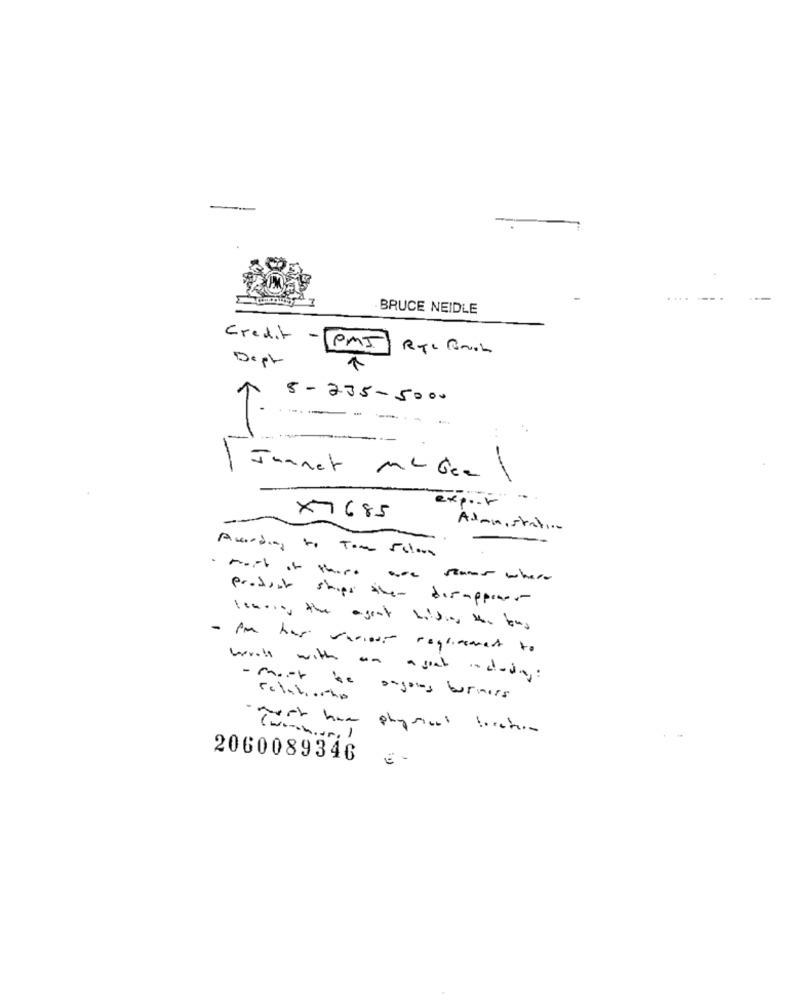
BRUCE NEIDLE
Credit -
PMI
Dept
5-235-5000
-- ---
Juanet Mc Gee \
exp ...
X7685
Administrativo
According to Tom Solar
product ships them disappear
- Am has various reglement to
brott with an a grat including:
- most be ongoing business
relations
physical bechern
2060089346
E -